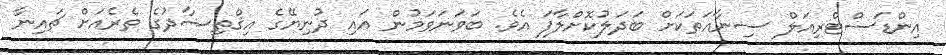
އިންޑަސްޓްރިއަލް ސިނާއަތަކަށް ބަދަލުކޮށްލާފަ އެވެ. ބަވަނަވަމުން އައި ދުނިޔޭގެ އިޤްތިޞާދުގެ ތެރެއަށް ޗައިނާ